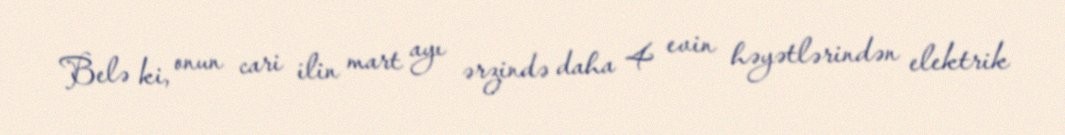
Belə ki, onun cari ilin mart ayı ərzində daha 4 evin həyətlərindən elektrik